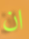
ان